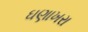
ઘણાખરા